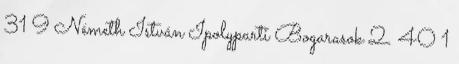
31 9 Németh István Ipolyparti Bogarasok 2. 40 1